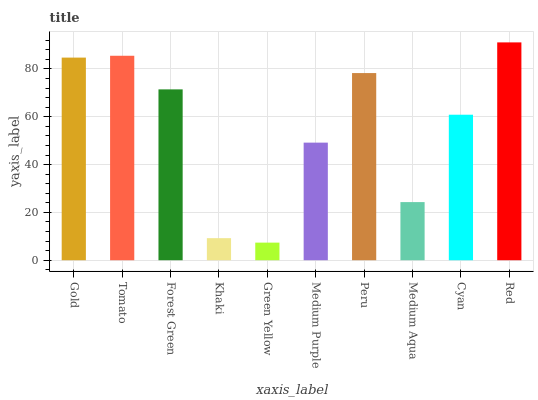
| xaxis_label | bars |
 | --- | --- |
 | Gold | 84.8 |
 | Tomato | 85.5 |
 | Forest Green | 71.5 |
 | Khaki | 9.23 |
 | Green Yellow | 7.37 |
 | Medium Purple | 49.2 |
 | Peru | 78.3 |
 | Medium Aqua | 24.3 |
 | Cyan | 60.9 |
 | Red | 91.1 |